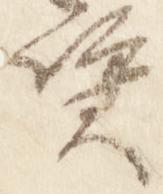
資